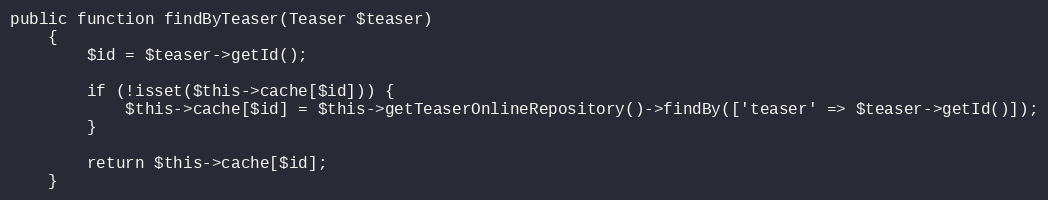
Language: PHP
public function findByTeaser(Teaser $teaser)
    {
        $id = $teaser->getId();

        if (!isset($this->cache[$id])) {
            $this->cache[$id] = $this->getTeaserOnlineRepository()->findBy(['teaser' => $teaser->getId()]);
        }

        return $this->cache[$id];
    }